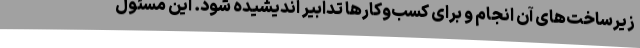
زیرساخت‌های آن انجام و برای کسب‌وکارها تدابیر اندیشیده شود. این مسئول